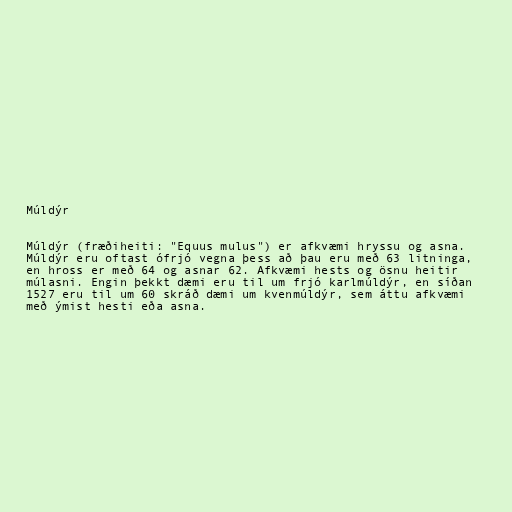
Múldýr

Múldýr (fræðiheiti: "Equus mulus") er afkvæmi hryssu og asna.
Múldýr eru oftast ófrjó vegna þess að þau eru með 63 litninga,
en hross er með 64 og asnar 62. Afkvæmi hests og ösnu heitir
múlasni. Engin þekkt dæmi eru til um frjó karlmúldýr, en síðan
1527 eru til um 60 skráð dæmi um kvenmúldýr, sem áttu afkvæmi
með ýmist hesti eða asna.